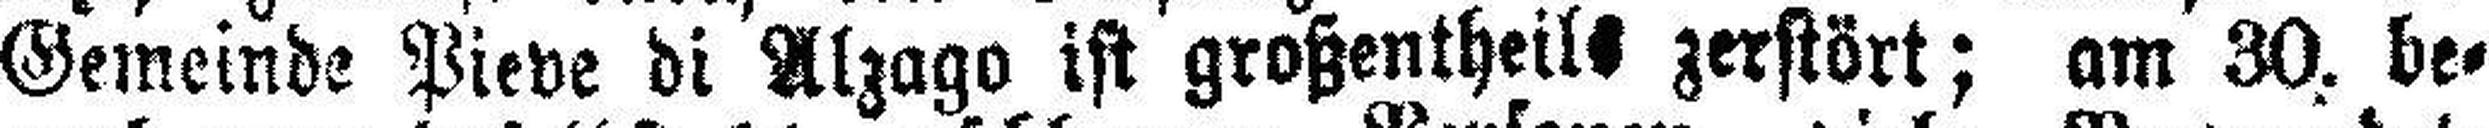
Gemeinde Pieve di Alzago ist großentheils zerstört; am 30. be¬